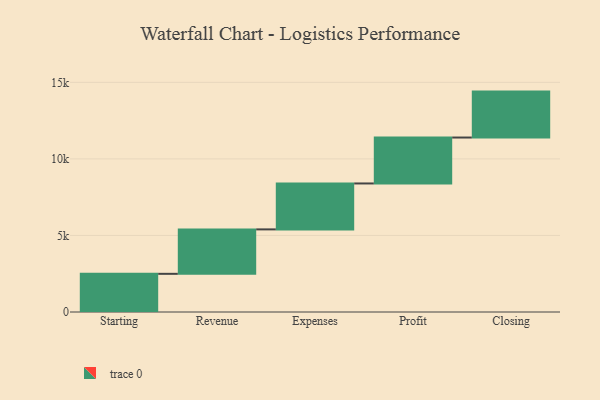
{"axis": {"x": "Step", "y": "Value"}, "legend": [""], "data": [{"x": "Starting", "y": 2493.0, "type": ""}, {"x": "Revenue", "y": 2903.0, "type": ""}, {"x": "Expenses", "y": 3000, "type": ""}, {"x": "Profit", "y": 3000, "type": ""}, {"x": "Closing", "y": 3000, "type": ""}]}